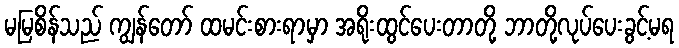
မမြစိန်သည် ကျွန်တော် ထမင်းစားရာမှာ အရိုးထွင်ပေးတာတို့ ဘာတို့လုပ်ပေးခွင့်မရ